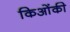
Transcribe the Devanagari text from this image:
किओंकी